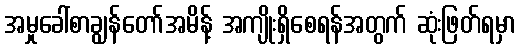
အမှုခေါ်စာချွန်တော်အမိန့် အကျိုးရှိစေရန်အတွက် ဆုံးဖြတ်ရမှာ